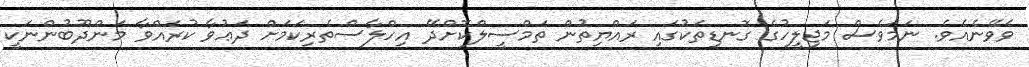
ވެވޭނެއެވެ. ނަމަވެސް މަޖިލީހުގެ ގޮނޑިތަކުގައި ރައްޔިތުން ތަމްސީލްކޮށްދޭ އިހްލާސްތެރިކަމަށް ދަޢުވާ ކުރައްވާ މަންދޫބުންނަކީ